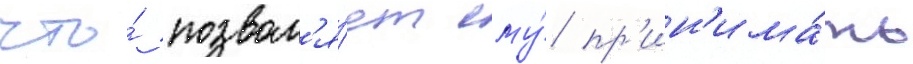
что́ позвол'я́ет ему́ пр'ин'има́ть